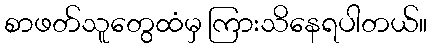
စာဖတ်သူတွေထံမှ ကြားသိနေရပါတယ်။